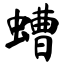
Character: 螬